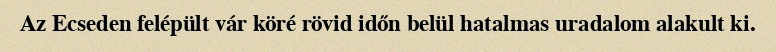
Az Ecseden felépült vár köré rövid időn belül hatalmas uradalom alakult ki.